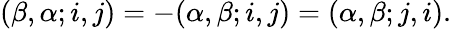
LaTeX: (\beta,\alpha;i,j)=-(\alpha,\beta;i,j)=(\alpha,\beta;j,i).